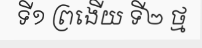
ទី១ ព្រងើយ ទី២ ថ្ម